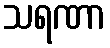
သရဏာ